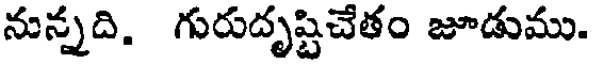
నున్నది. గురుదృష్టిచేతం జూడుము.